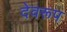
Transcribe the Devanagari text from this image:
देवरूप